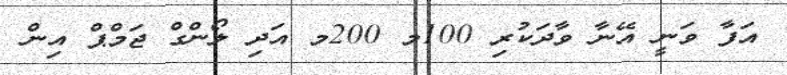
އަފާ ވަނީ އޭނާ ވާދަކުރި 100މ 200މ އަދި ލޯންގް ޖަމްޕް އިން